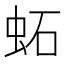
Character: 䖨